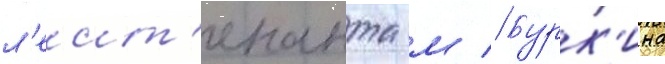
л'еит'енанта м // Бурк'ина